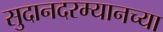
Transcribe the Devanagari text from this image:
सुदानदरम्यानच्या